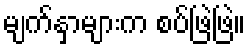
မျက်နှာများက စပ်ဖြဲဖြဲ။